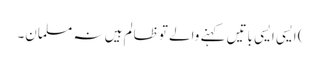
) ایسی ایسی باتیں کہنے والے تو ظالم ہیں نہ مسلمان۔